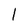
Character: l